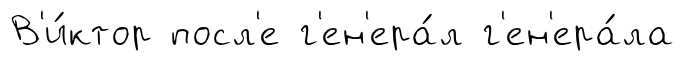
В'и́ктор посл'е г'ен'ера́л г'ен'ера́ла